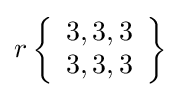
r\left\{{\begin{array}{l}3,3,3\\3,3,3\end{array}}\right\}